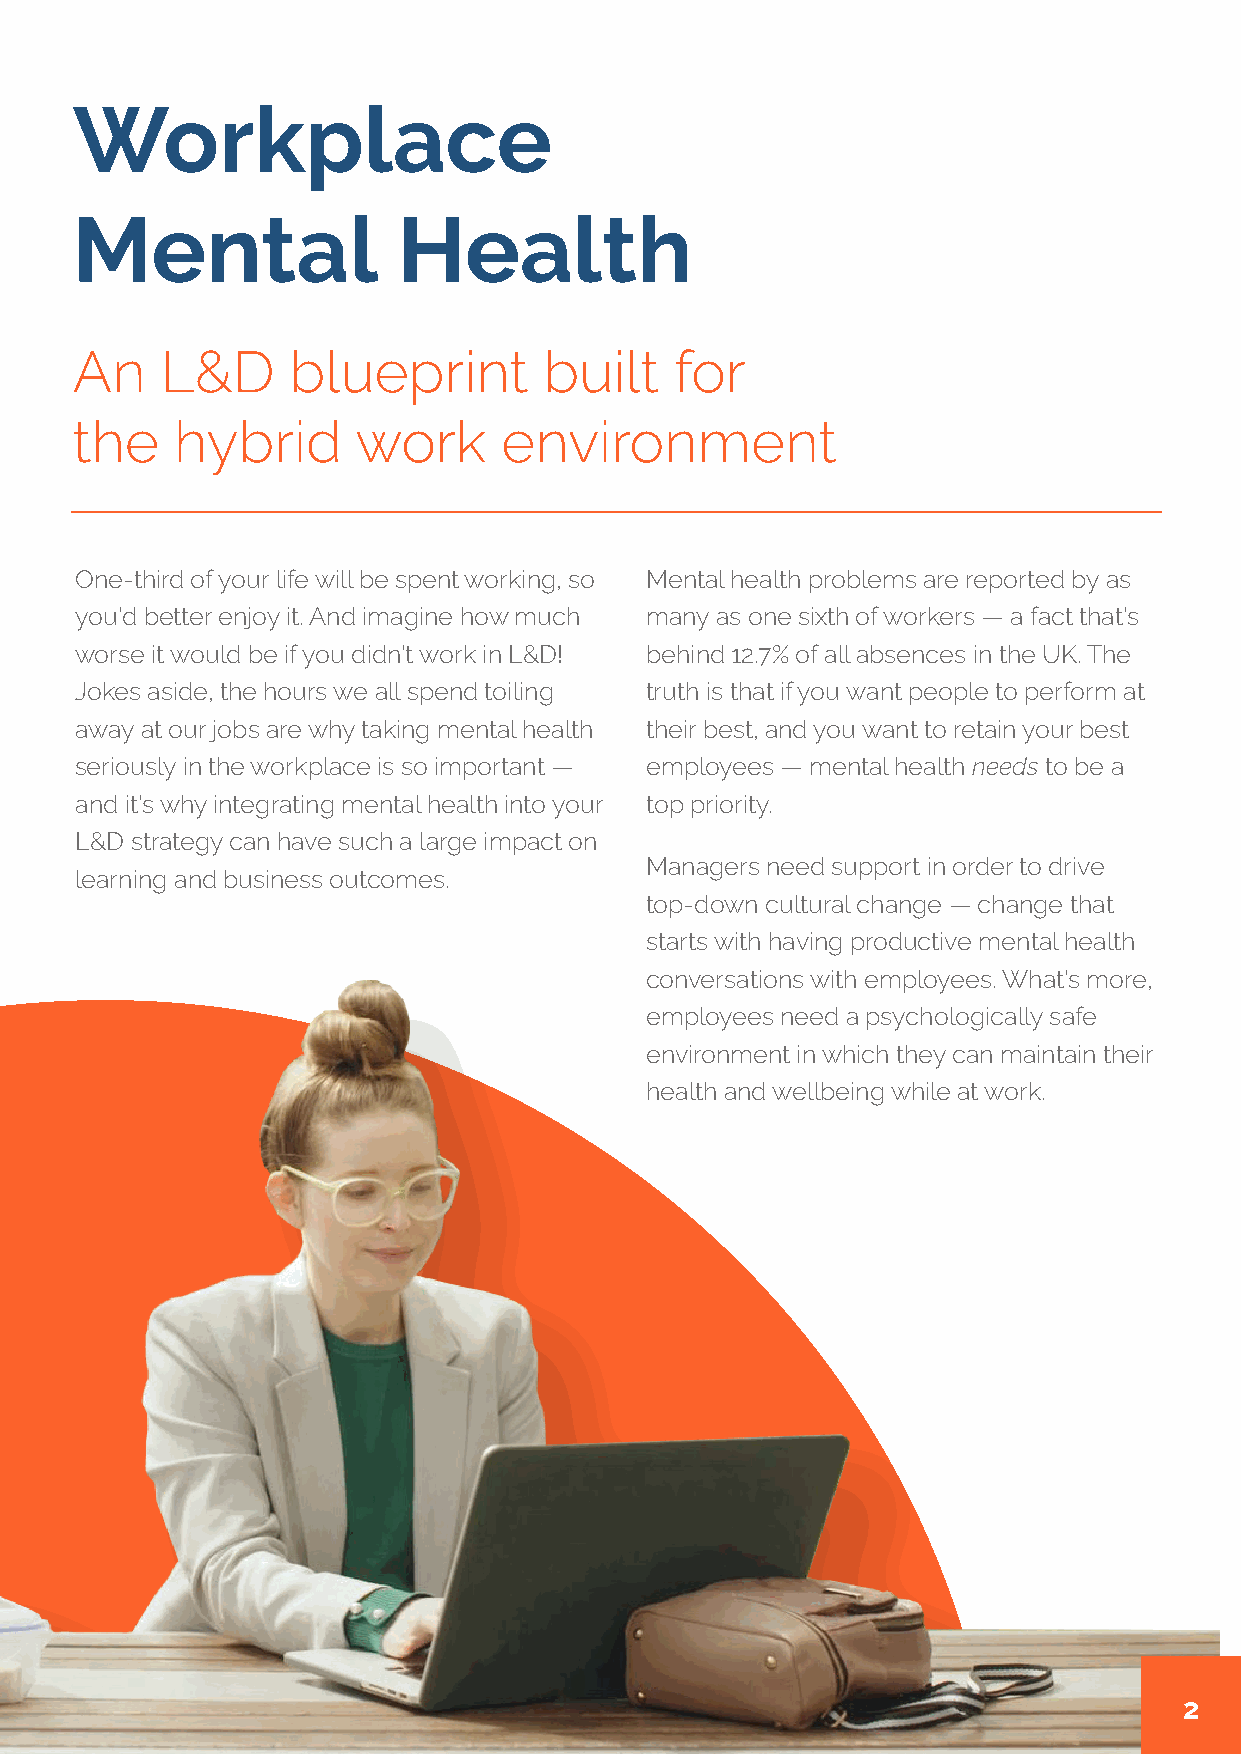
Workplace
 Mental               Health
 An    L&D     blueprint        built    for
 the    hybrid      work     environment
 One-third of your life will be spent working, so Mental health problems are reported by as
 you’d better enjoy it. And imagine how much many as one sixth of workers — a fact that’s
 worse it would be if you didn’t work in L&D! behind 12.7% of all absences in the UK. The
 Jokes aside, the hours we all spend toiling truth is that if you want people to perform at
 away at our jobs are why taking mental health their best, and you want to retain your best
 seriously in the workplace is so important — employees — mental health needs to be a
 and it’s why integrating mental health into your top priority.
 L&D strategy can have such a large impact on
 Managers need support in order to drive
 learning and business outcomes.
 top-down cultural change — change that
 starts with having productive mental health
 conversations with employees. What’s more,
 employees need a psychologically safe
 environment in which they can maintain their
 health and wellbeing while at work.
 2